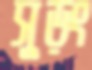
সুড়ং